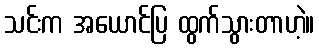
သင်းက အယောင်ပြ ထွက်သွားတာဟဲ့။